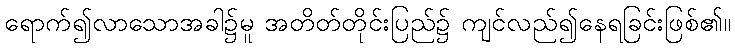
ရောက်၍လာသောအခါ၌မူ အတိတ်တိုင်းပြည်၌ ကျင်လည်၍နေရခြင်းဖြစ်၏။